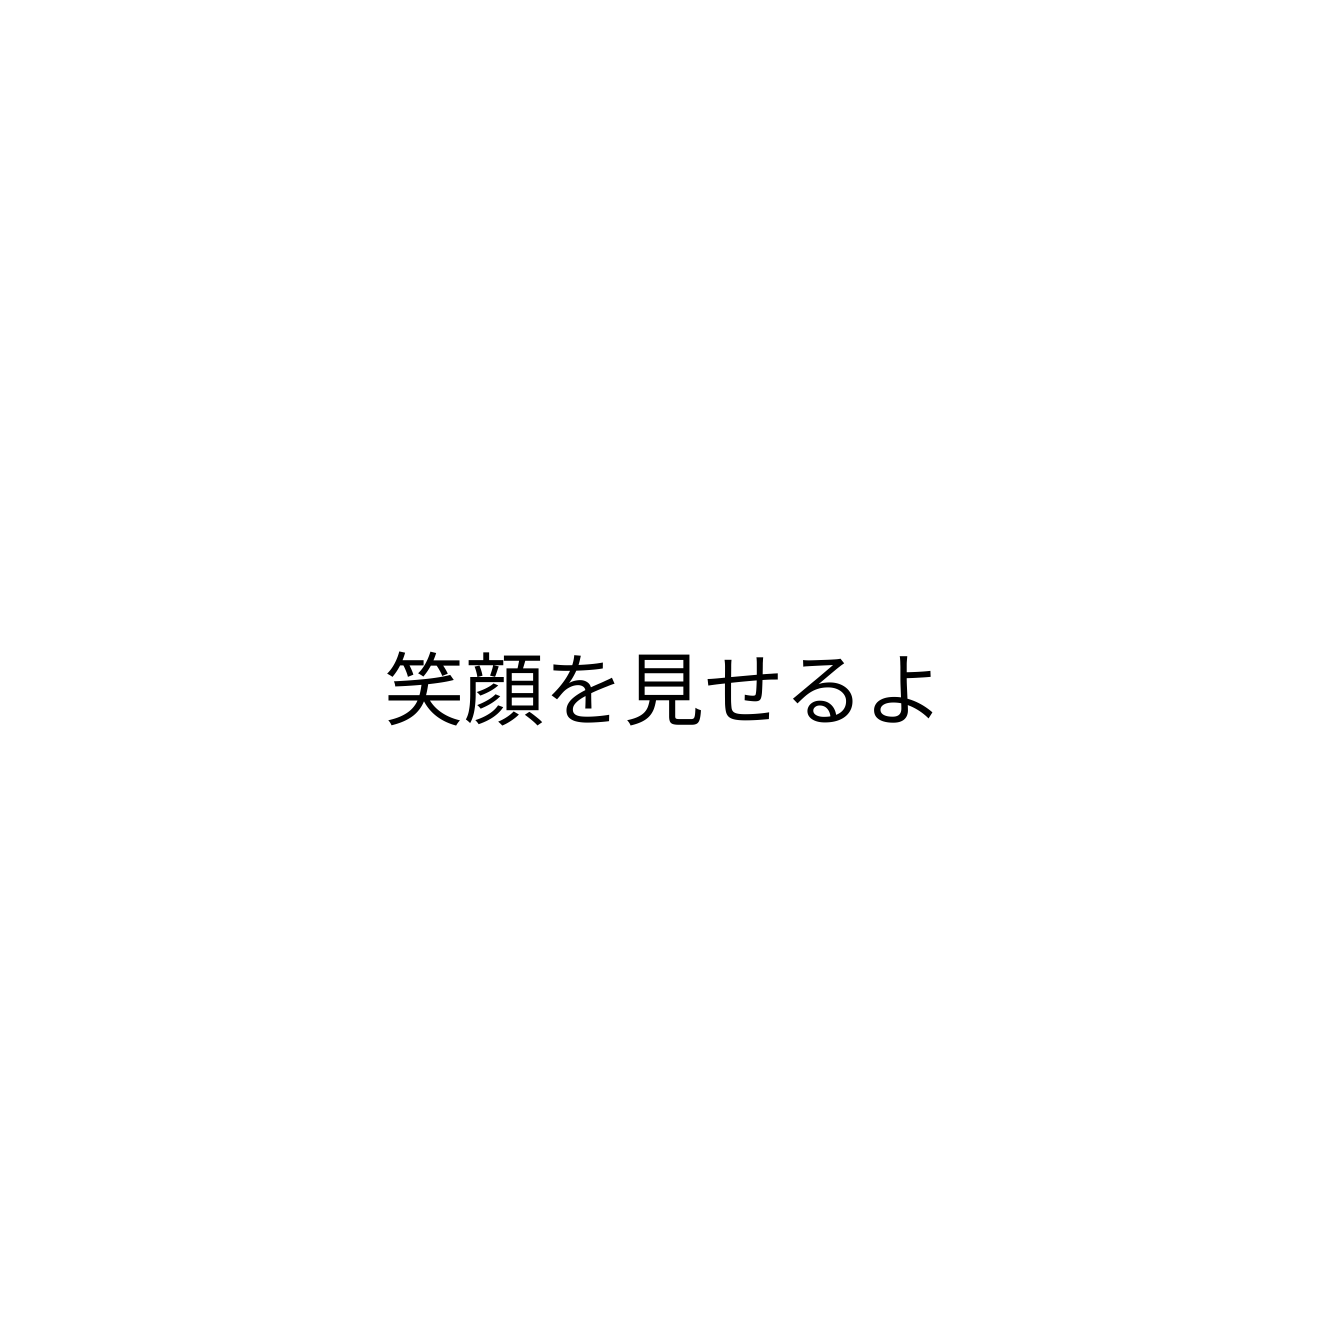
笑顔を見せるよ